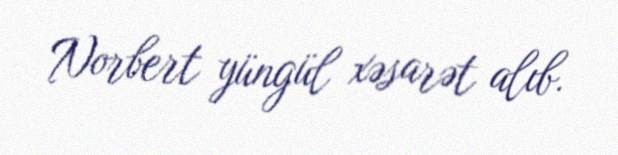
Norbert yüngül xəsarət alıb.